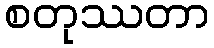
စတုဿတာ